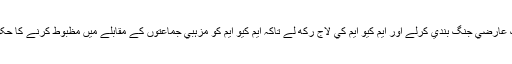
يہ ہوسکتا ہے کہ حکومت تب تک عارضي جنگ بندي کرلے اور ايم کيو ايم کي لاج رکھ لے تاکہ ايم کيو ايم کو مزہبي جماعتوں کے مقابلے ميں مظبوط کرنے کا حکومت کا منصوبہ کامياب ہوسکے۔